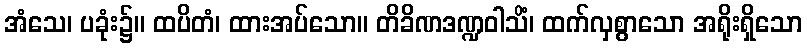
အံသေ၊ ပခုံး၌။ ထပိတံ၊ ထားအပ်သော။ တိခိဏဒဏ္ဍဝါသိံ၊ ထက်လှစွာသော အရိုးရှိသော